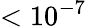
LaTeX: <10^{-7}